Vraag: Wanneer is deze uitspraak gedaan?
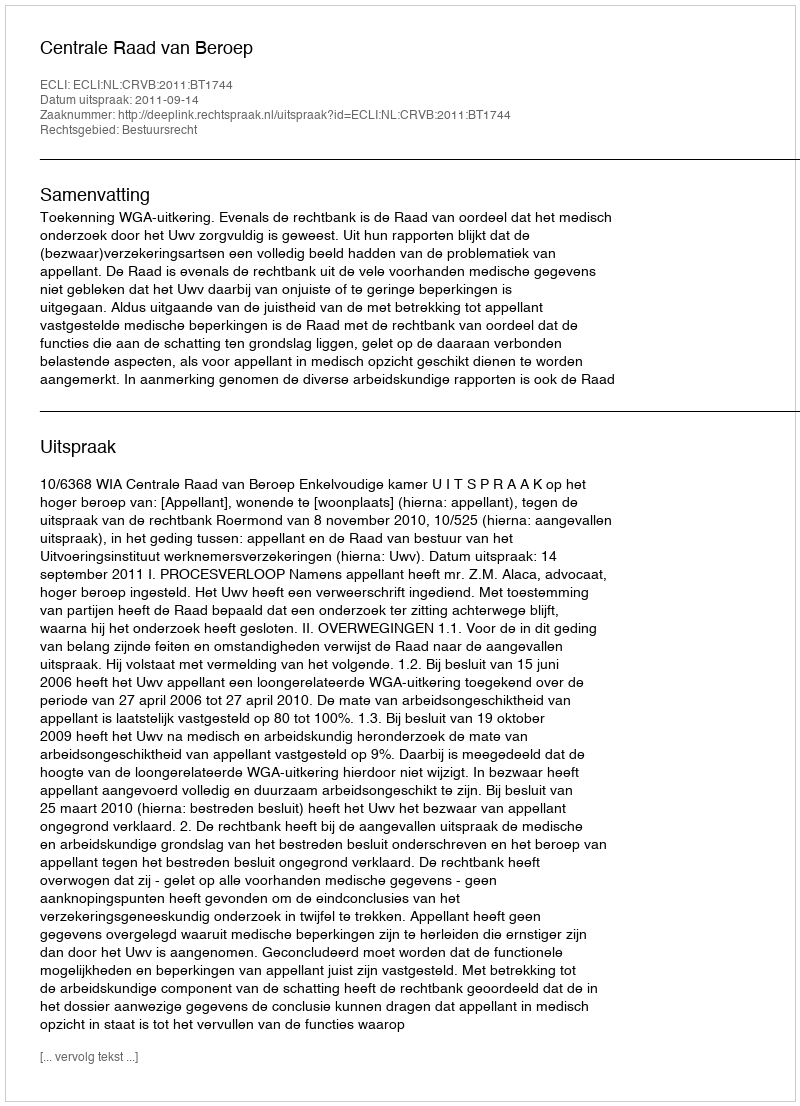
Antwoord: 2011-09-14